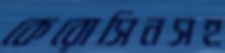
কেরোসিনসহ